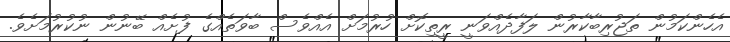
އެހެންކަމުން ތަޖުރިބާކާރުން ލަފާދެއްވަނީ ރީތިކޮށް ހުރުމަށް އެއްވެސް ބާވަތެއްގެ ފުށެއް ބޭނުން ނުކުރުމަށެވެ.